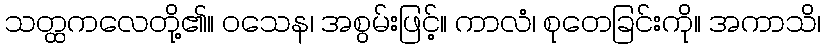
သတ္ထကလေတို့၏။ ဝသေန၊ အစွမ်းဖြင့်။ ကာလံ၊ စုတေခြင်းကို။ အကာသိ၊